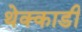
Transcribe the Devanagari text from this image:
थेक्काडी